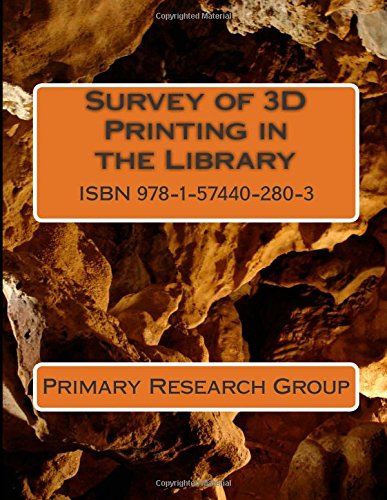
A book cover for Survey of 3D Printing in the Library; Primary Research Group; Computers & Technology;